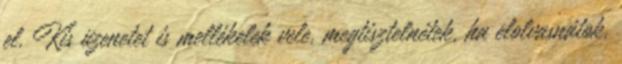
el. Kis üzenetet is mellékelek vele, megtisztelnétek, ha elolvasnátok.